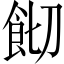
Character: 𩚦